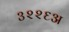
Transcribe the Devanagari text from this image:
३२२६अ